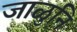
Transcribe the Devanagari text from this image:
जाळुनि